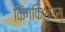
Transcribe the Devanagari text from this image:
किंगफिशरस्